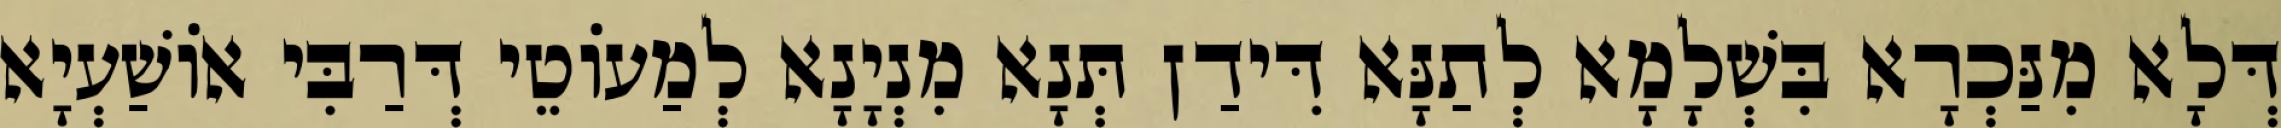
דְּלָא מִנַּכְרָא בִּשְׁלָמָא לְתַנָּא דִּידַן תְּנָא מִנְיָנָא לְמַעוֹטֵי דְּרַבִּי אוֹשַׁעְיָא